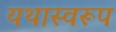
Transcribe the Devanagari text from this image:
यथास्वरूप